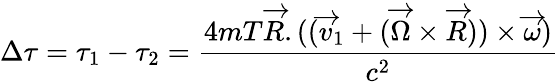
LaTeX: \Delta\tau=\tau_{1}-\tau_{2}=\frac{4mT\overrightarrow{R}.((\overrightarrow{v}_{1}+(\overrightarrow{\Omega}\times\overrightarrow{R}))\times\overrightarrow{\omega})}{c^{2}}